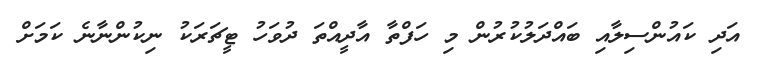
އަދި ކައުންސިލާއި ބައްދަލުކުރުން މިި ހަފްތާ އާދީއްތަ ދުވަހު ޓީޗަރަކު ނިކުންނާނެ ކަމަށް